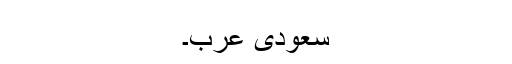
سعودی عرب۔